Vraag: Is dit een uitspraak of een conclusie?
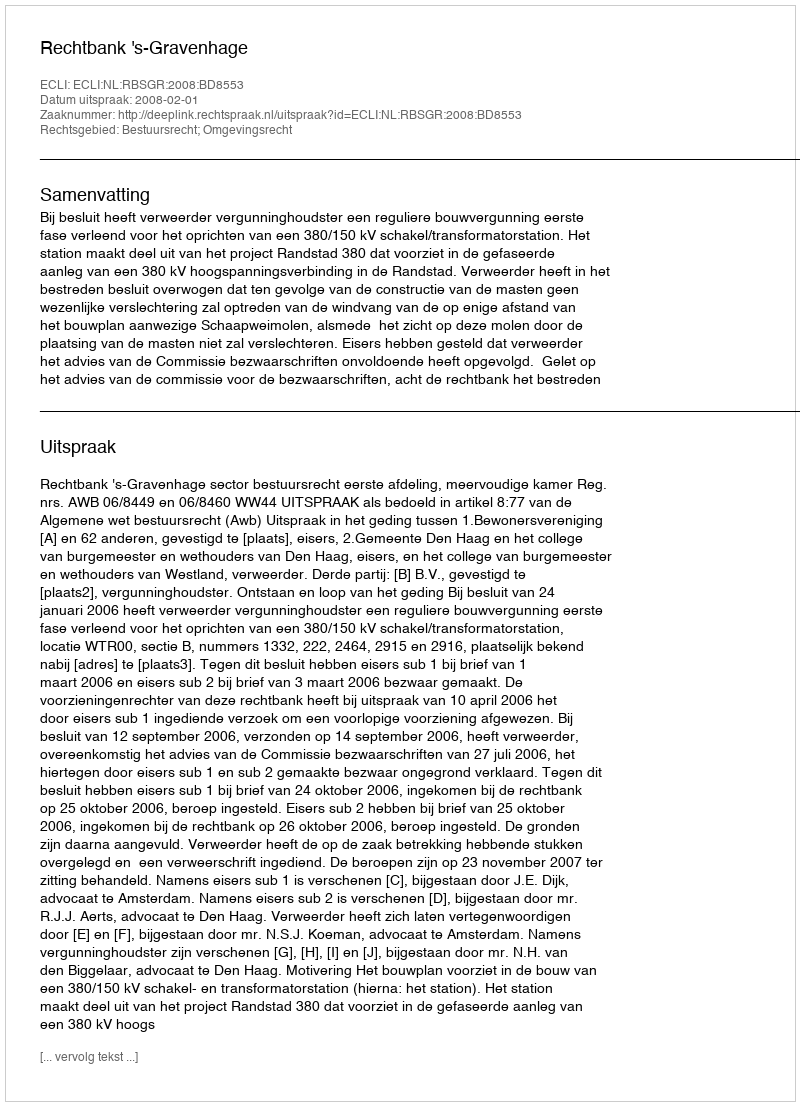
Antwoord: Uitspraak